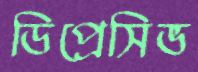
ডিপ্রেসিভ